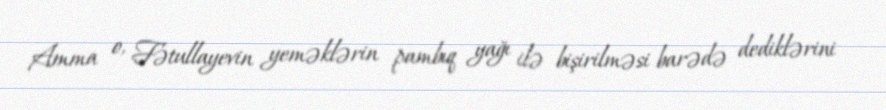
Amma o, Fətullayevin yeməklərin pambıq yağı ilə bişirilməsi barədə dediklərini